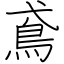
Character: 鳶